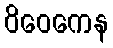
ဝိဝေကေန